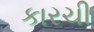
કારચી